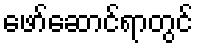
ဖော်ဆောင်ရာတွင်